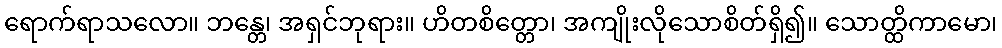
ရောက်ရာသလော။ ဘန္တေ၊ အရှင်ဘုရား။ ဟိတစိတ္တော၊ အကျိုးလိုသောစိတ်ရှိ၍။ သောတ္ထိကာမော၊